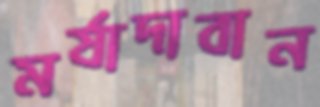
মর্যাদাবান